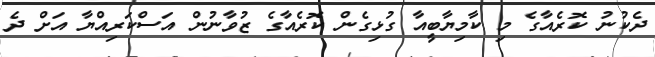
ދެކުނު ކޮރެއާގެ މި ކާމިޔާބީއާ ގުޅިގެން ކޮރެއާގެ ޒުވާނުން އަސްކަރިއްޔާ އަށް ދެ